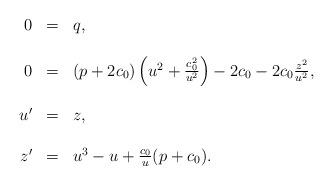
LaTeX: \begin{align*}\begin{array}{rcl}0&=&q,\\&&\\ 0 & = & (p+ 2 c_0 )\left(u^2+\frac{c_0^2}{u^2}\right)-2c_0-2c_0\frac{z^2}{u^2}, \\ & & \\ u'&=&z,\\ & &\\ z' & = & u^3-u+\frac{c_0}{u} (p + c_0). \end{array}\end{align*}